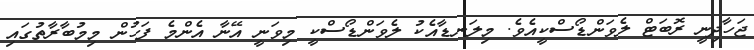
ޖަހާދިނީ ރޮބަޓް ލެވަންޑޯސްކީއެވެ. މިލަނޑާއެކު ލެވަންޑޯސްކީ މިވަނީ އޭނާ އެންމެ ފަހުން މިމުބާރާތުގައި